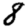
Digit: 8